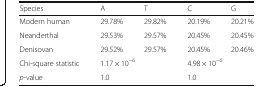
<table><thead><tr><td><b>Species</b></td><td><b>A</b></td><td><b>T</b></td><td><b>C</b></td><td><b>G</b></td></tr></thead><tbody><tr><td>Modern human</td><td>29.78%</td><td>29.82%</td><td>20.19%</td><td>20.21%</td></tr><tr><td>Neanderthal</td><td>29.53%</td><td>29.57%</td><td>20.45%</td><td>20.45%</td></tr><tr><td>Denisovan</td><td>29.52%</td><td>29.57%</td><td>20.45%</td><td>20.46%</td></tr><tr><td>Chi-square statistic</td><td colspan="2">1.17 × 10<sup>−6</sup></td><td colspan="2">4.98 × 10<sup>−6</sup></td></tr><tr><td><i>p</i>-value</td><td colspan="2">1.0</td><td colspan="2">1.0</td></tr></tbody></table>